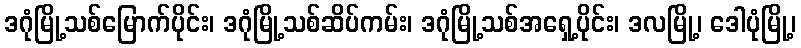
ဒဂုံမြို့သစ်မြောက်ပိုင်း၊ ဒဂုံမြို့သစ်ဆိပ်ကမ်း၊ ဒဂုံမြို့သစ်အရှေ့ပိုင်း၊ ဒလမြို့၊ ဒေါပုံမြို့၊